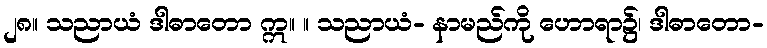
၂၈။ သညာယံ ဒါဓာတော ဣ။ ။ သညာယံ- နာမည်ကို ဟောရာ၌၊ ဒါဓာတော-